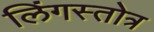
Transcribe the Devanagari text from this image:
लिंगस्तोत्र